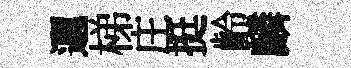
邐梯庄挺齡麟